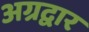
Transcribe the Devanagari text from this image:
अग्रद्वार